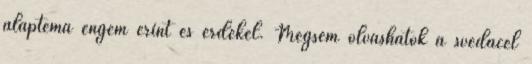
alaptéma engem érint és érdekel. Mégsem olvashatok a svédacél